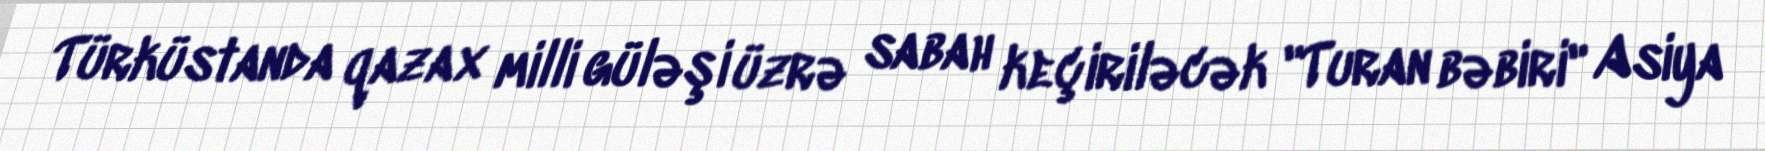
Türküstanda qazax milli güləşi üzrə sabah keçiriləcək "Turan bəbiri" Asiya